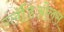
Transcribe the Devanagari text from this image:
ग्लॅडिओलस